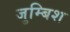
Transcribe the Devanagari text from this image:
जुम्बिश